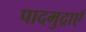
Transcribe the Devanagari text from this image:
पादमुद्राएँ